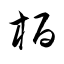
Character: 栢